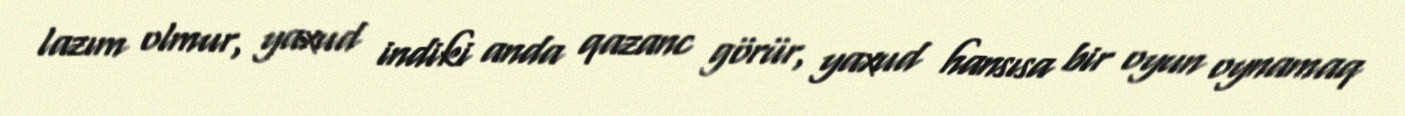
lazım olmur, yaxud indiki anda qazanc görür, yaxud hansısa bir oyun oynamaq